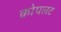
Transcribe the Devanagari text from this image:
कोपलट